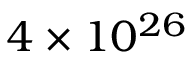
4 \times 1 0 ^ { 2 6 }